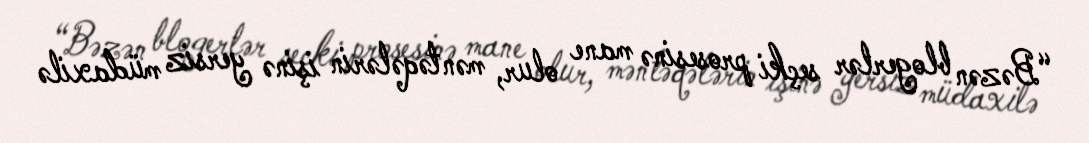
“Bəzən blogerlər seçki prosesinə mane olur, məntəqələrin işinə yersiz müdaxilə